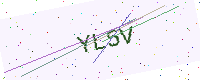
Text: YL5V